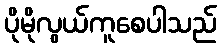
ပိုမိုလွယ်ကူစေပါသည်